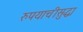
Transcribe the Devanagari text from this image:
रुपयाचीसुद्धा